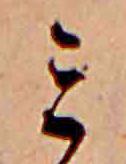
ミ